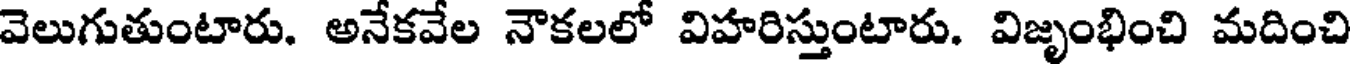
వెలుగుతుంటారు. అనేకవేల నౌకలలో విహరిస్తుంటారు. విజృంభించి మదించి